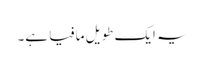
یہ ایک طویل مافیا ہے۔